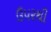
ઉપ૨થી